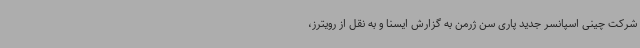
شرکت چینی اسپانسر جدید پاری سن ژرمن به گزارش ایسنا و به نقل از رویترز،